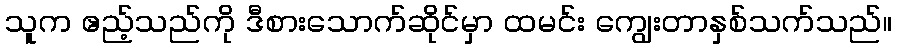
သူက ဧည့်သည်ကို ဒီစားသောက်ဆိုင်မှာ ထမင်း ကျွေးတာနှစ်သက်သည်။